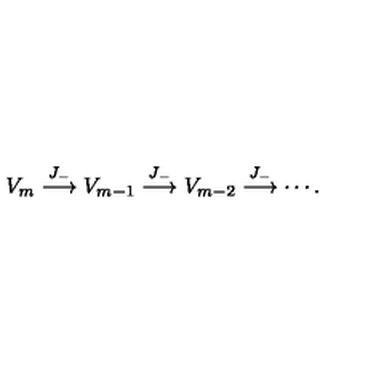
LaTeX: V _ { m } \stackrel { J _ { - } } { \longrightarrow } V _ { m - 1 } \stackrel { J _ { - } } { \longrightarrow } V _ { m - 2 } \stackrel { J _ { - } } { \longrightarrow } \cdots .